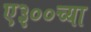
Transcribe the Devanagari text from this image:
ए३००च्या